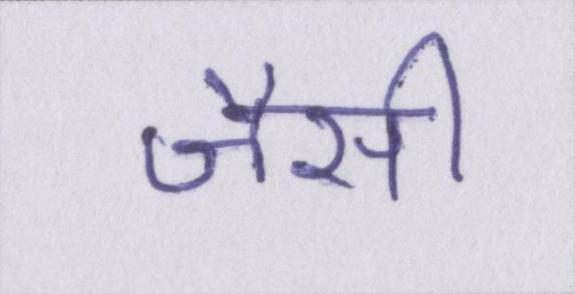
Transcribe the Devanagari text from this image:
जैसी